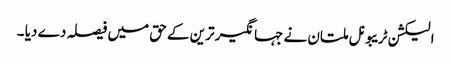
الیکشن ٹریبونل ملتان نے جہانگیر ترین کے حق میں فیصلہ دے دیا ۔